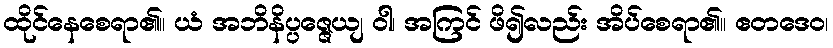
ထိုင်နေစေရာ၏။ ယံ အဘိနိပ္ပဇ္ဇေယျ ဝါ၊ အကြင် ဖိ၍လည်း အိပ်စေရာ၏။ ဧတဒေဝ၊